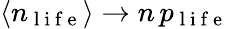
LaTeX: \langle n_{\mathrm{~l~i~f~e~}}\rangle\rightarrow n\, p_{\mathrm{~l~i~f~e~}}